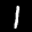
Digit: 1